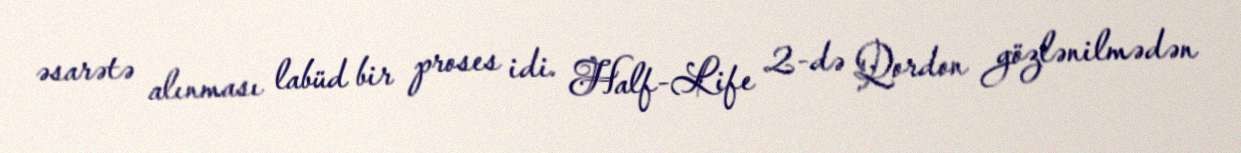
əsarətə alınması labüd bir proses idi. Half-Life 2-də Qordon gözlənilmədən